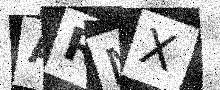
Text: ARMX